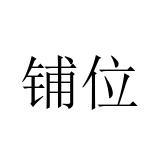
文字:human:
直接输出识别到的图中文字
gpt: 铺位